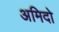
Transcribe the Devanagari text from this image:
अमिदो